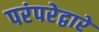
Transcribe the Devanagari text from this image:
परंपरेद्वारे